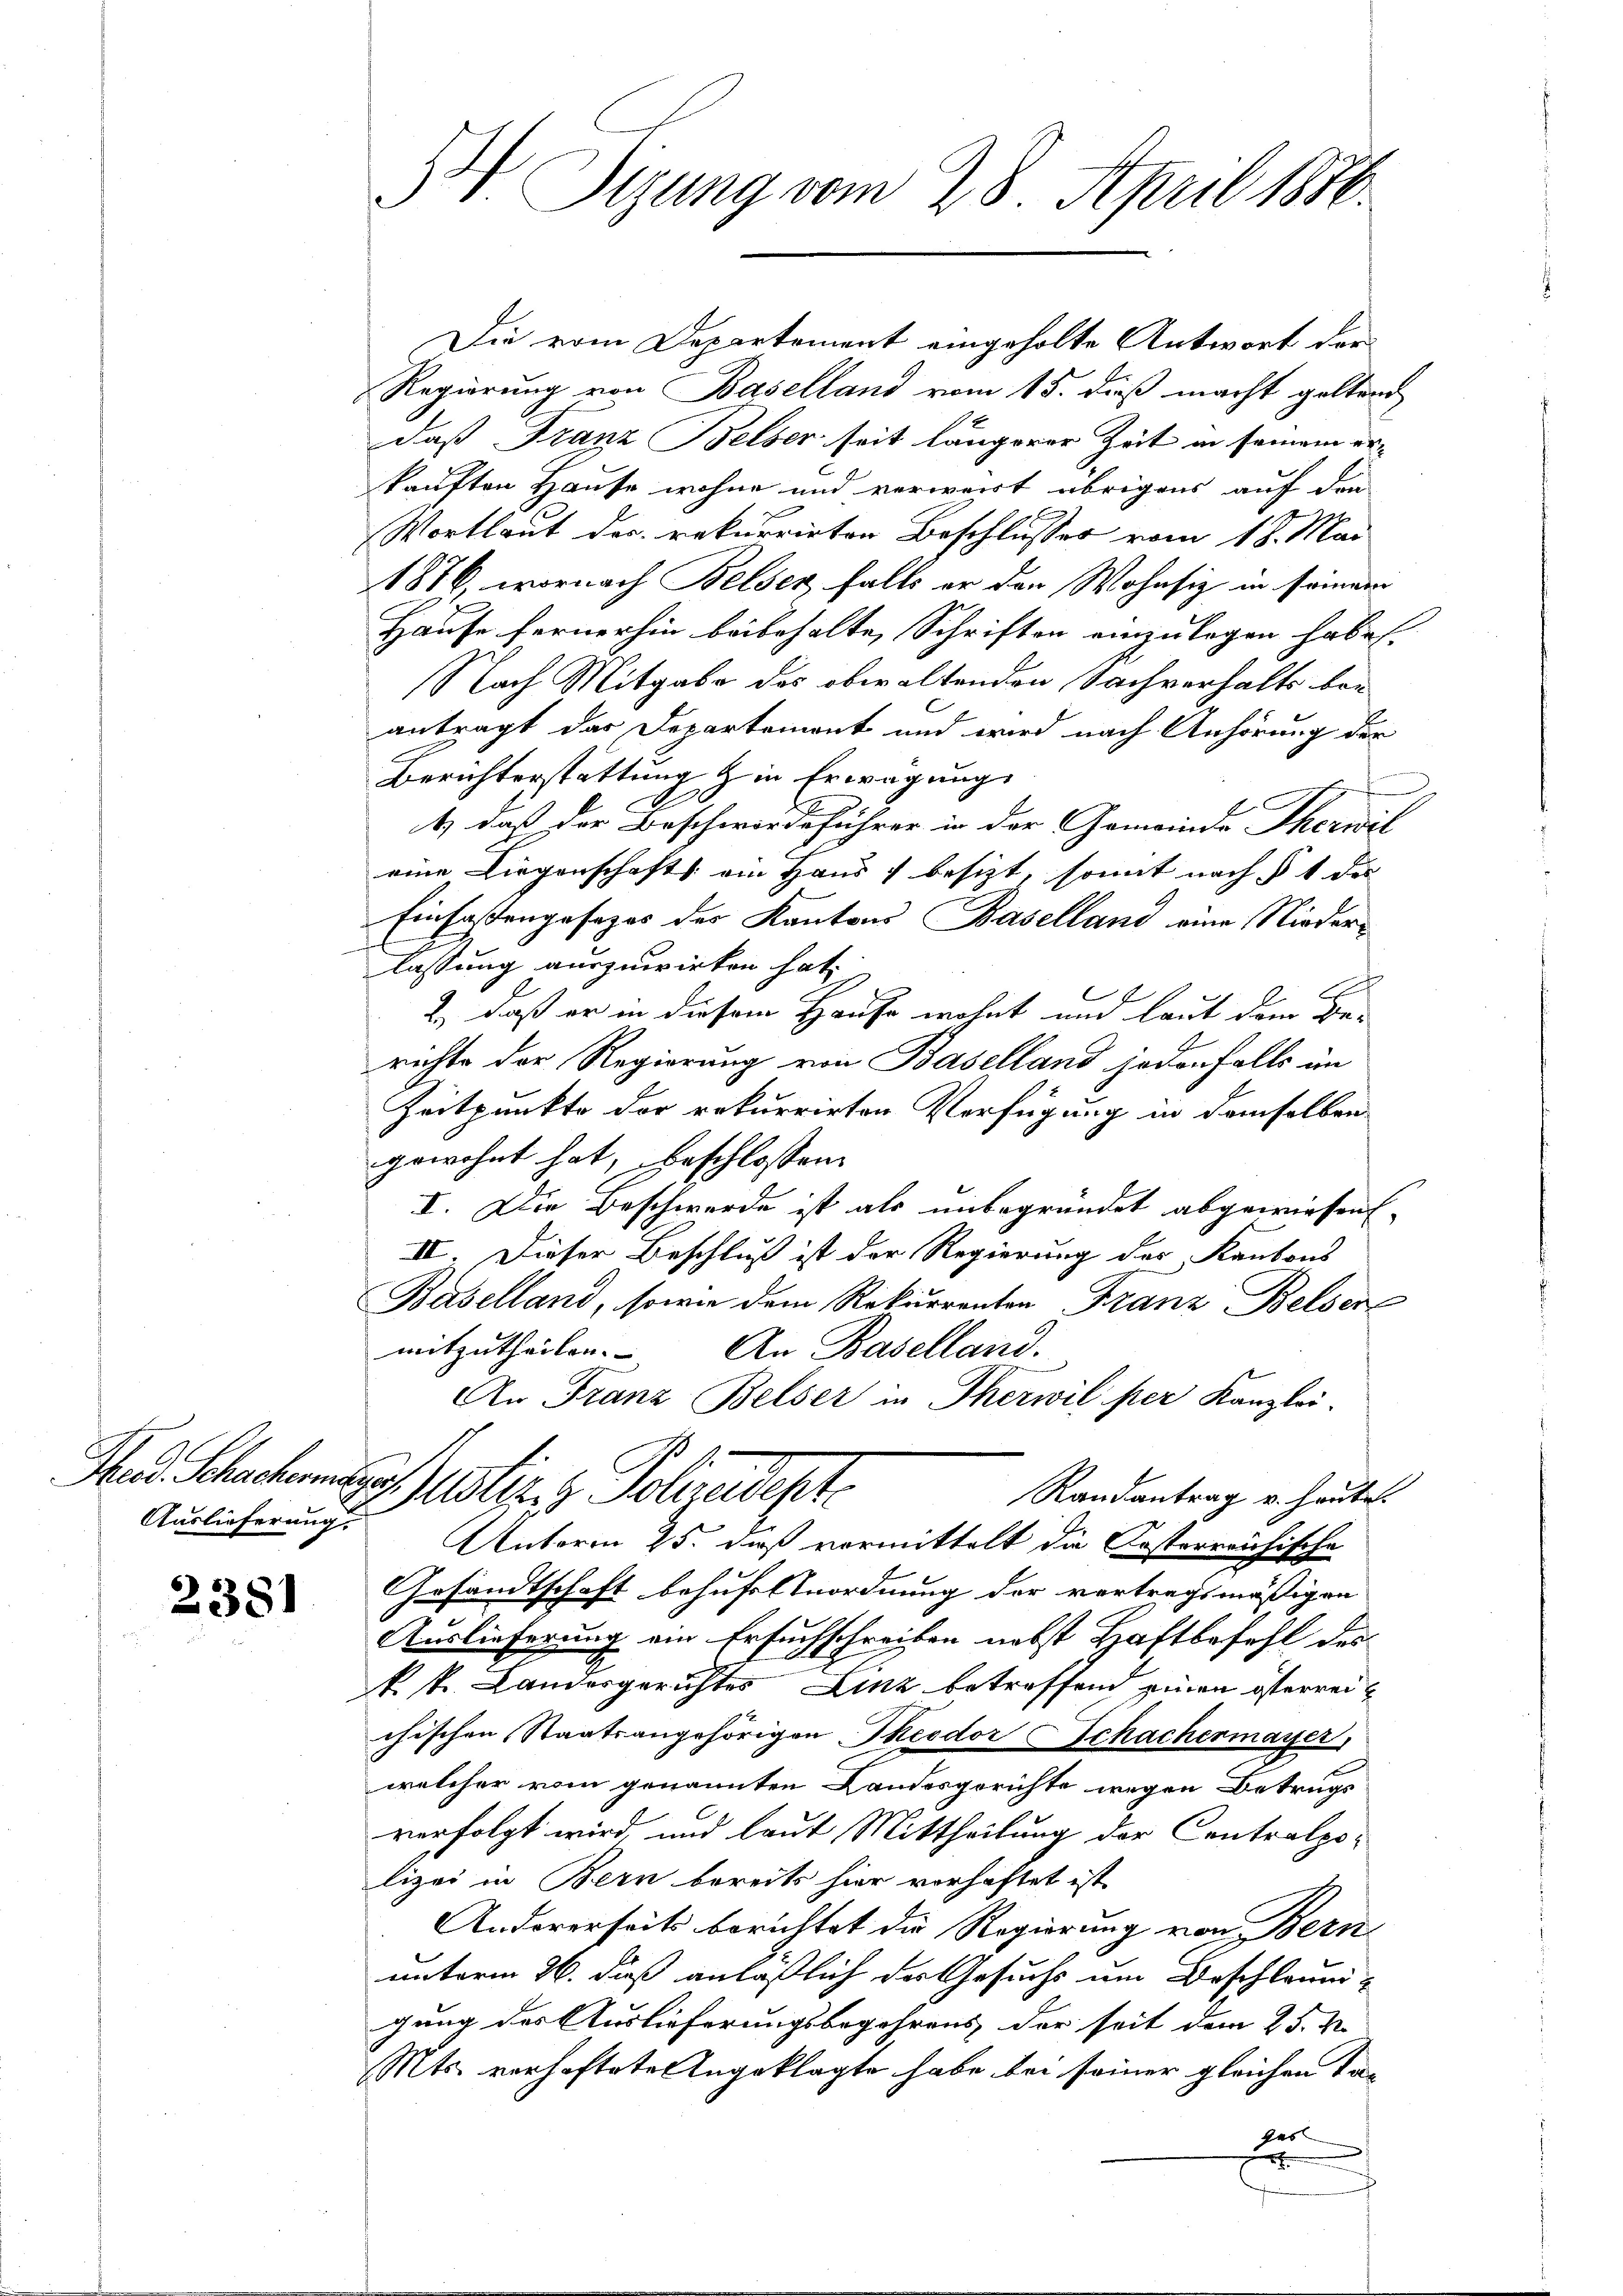
Auslieferung.

2381

H Sizung vom 28. April 1886.

Die vom Departement eingeholte Antwort der
Regierung von Baselland vom 15. dieß macht geltend
daß Franz Belber seit längerer Zeit in seinem erkauften Hause wohne und verweit übrigens auf den
Wortlaut der rekurrirten Beschlusses vom 18. Mai
1876, wornach Belsen, falls er der Wohnsiz in seiner
Hause fernerhin beibehalte, Schriften einzulegen habe.
Nach Mitgabe des obwaltenden Sachverhalts beantragt das Departemont und wird nach Anhörung der
Berichterstattung & in Erwägung
.
t, daß der Beschwerdeführer in der Gemeinde Therwil
eine Liegenschaft am Haus besizt, somit nach § 1 die
Einfassengesezes der Kantons Baselland eine Niederlassung auszuwirken hat.
2, daß er in diesem Hause wohnt und laut dem Be-
richte der Regierung von Baselland jedenfalls im
Zeitpunkte der rekurrirten Verfügung in demselben
gewohnt hat, beschlossen:
I. Die Beschwerde ist als unbegründet abgewiesen
II. Dieser Beschluß ist der Regierung des Kantons
Baselland, sowie dem Rekurrenten Franz Belsen
mitzutheilen. |
An Baselland.
An Franz Belser in Therwil per Kanzlei.
Had Schechen der Justiz & Polizeideste
Randantrag u. heute.
Unterm 25. daß vormittelt die Kosterreichische
Gesandtschaft behufel Anordnung der vertragsmäßigen
Auslieferung ein Ersuchschreiben nebst Haftbefehl des
k. k. Landergerichtes Linz betreffend einen österreichischen Staatsangehörigen Theodor Schachermayer,
welcher vom genannten Landesgerichte wegen Betrugs
verfolgt wird, und laut Mittheilung der Centralpolizei in Bern bereits hier vorhaftet ist.
Andererseits berichtet die Regierung von Bern
unterm 26. dieß anläßlich der Gesuchs um Beschleunigung des Auslieferungsbegehrens der seit dem 25. M.
Mts. verhaftete Angeklagte habe bei seiner gleichen Tagas
x